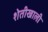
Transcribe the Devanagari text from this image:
शेतीखाली